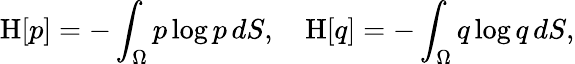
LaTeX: \mathrm{H}[p]=-\int_{\Omega}p\log p\, dS,~~~~\mathrm{H}[q]=-\int_{\Omega}q\log q\, dS,